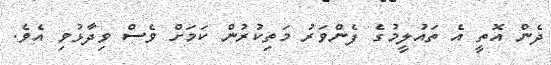
ދެން އޮތީ އެ ތައުލީމުގެ ފެންވަރު މަތިކުރުން ކަމަށް ވެސް ވިދާޅުވި އެވެ.